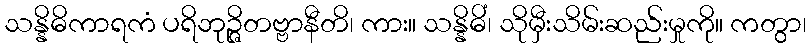
သန္နိဓိကာရကံ ပရိဘုဉ္ဇိတဗ္ဗာနီတိ၊ ကား။ သန္နိဓိံ၊ သိုမှီးသိမ်းဆည်းမှုကို။ ကတွာ၊